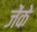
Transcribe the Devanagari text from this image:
जेंके